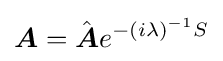
{\boldsymbol {A}}={\hat {\boldsymbol {A}}}e^{-(i\lambda )^{-1}S}